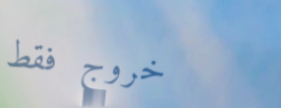
خروج فقط